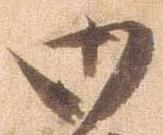
御